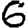
Digit: 6